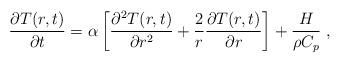
LaTeX: \begin{align*} \frac{\partial{T(r,t)}}{\partial{t}}= \alpha \left[ \frac{ \partial^2 T(r,t) } {\partial r^2} + \frac{2}{r} \frac {\partial T(r,t)} {\partial r} \right] + \frac{H}{\rho C_p}\ , \end{align*}